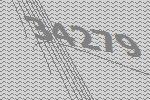
34279